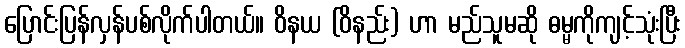
ပြောင်းပြန်လှန်ပစ်လိုက်ပါတယ်။ ဝိနယ (ဝိနည်း) ဟာ မည်သူမဆို ဓမ္မကိုကျင့်သုံးပြီး